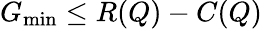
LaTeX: G_{\operatorname*{min}}\leq R(Q)-C(Q)